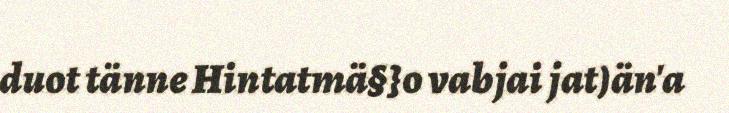
duot tänne Hintatmä§}o vabjai jat)än'a